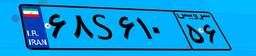
۶۸S۶۱۰۵۶